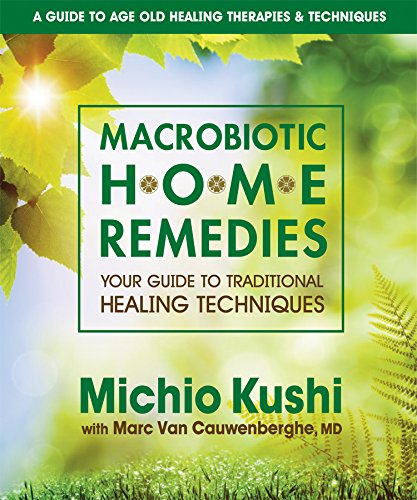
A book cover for Macrobiotic Home Remedies: Your Guide to Traditional Healing Techniques; Michio Kushi; Health, Fitness & Dieting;